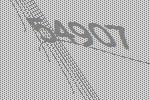
54907